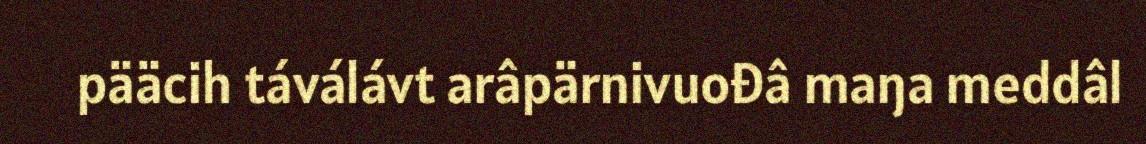
pääcih táválávt arâpärnivuođâ maŋa meddâl